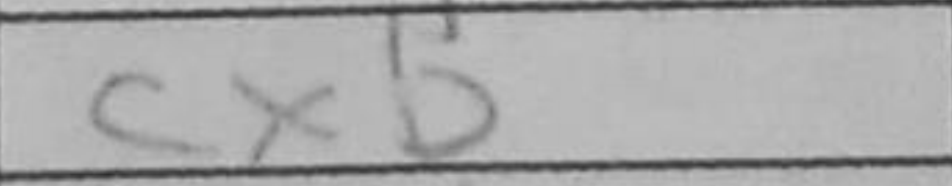
Transcription: cxb